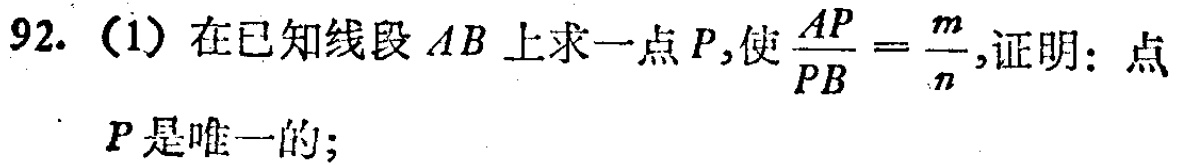
92. (1) 在已知线段 \(AB\) 上求一点 \(P\),使 \(\frac{AP}{PB}=\frac{m}{n}\),证明：点 \(P\) 是唯一的;